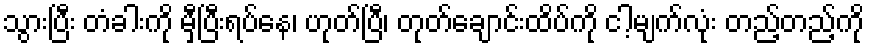
သွားပြီး တံခါးကို မှီပြီးရပ်နေ၊ ဟုတ်ပြီ၊ တုတ်ချောင်းထိပ်ကို ငါ့မျက်လုံး တည့်တည့်ကို